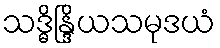
သဒ္ဓိန္ဒြိယသမုဒယံ